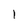
Character: 1